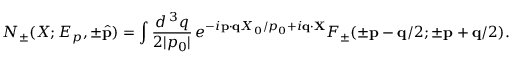
N _ { \pm } ( X ; E _ { p } , \pm \hat { \bf p } ) = \int \frac { d ^ { \, 3 } q } { 2 | p _ { 0 } | } \, e ^ { - i { \bf p } \cdot { \bf q } X _ { 0 } / p _ { 0 } + i { \bf q } \cdot { \bf X } } F _ { \pm } ( \pm { \bf p } - { \bf q } / 2 ; \pm { \bf p } + { \bf q } / 2 ) .